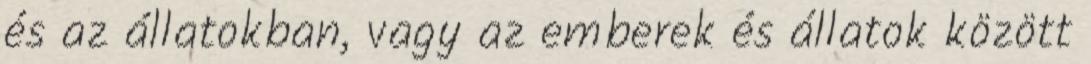
és az állatokban, vagy az emberek és állatok között